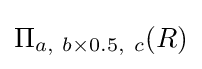
\Pi _{a,\ b\times 0.5,\ c}(R)